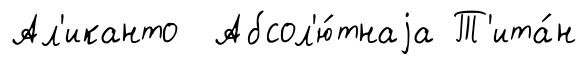
Ал'иканто Абсол'ю́тнаjа Т'ита́н